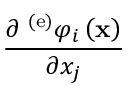
{ \frac { { \partial { { \bf \Pi } ^ { \left( \mathrm { e } \right) } } { \varphi _ { i } } \left( { \bf { x } } \right) } } { { \partial x _ { j } } } }